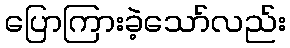
ပြောကြားခဲ့သော်လည်း